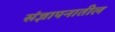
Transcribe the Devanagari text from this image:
संज्ञापनातील